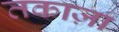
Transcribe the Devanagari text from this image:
तकाज़ा